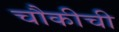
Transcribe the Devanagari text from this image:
चौकीची